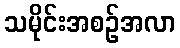
သမိုင်းအစဉ်အလာ